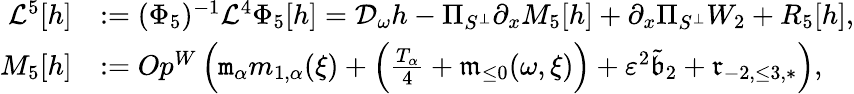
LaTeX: \begin{array}{rl}{\mathcal{L}^{5}[h]}&{:=(\Phi_{5})^{-1}\mathcal{L}^{4}\Phi_{5}[h]=\mathcal{D}_{\omega}h-\Pi_{S^{\perp}}\partial_{x}M_{5}[h]+\partial_{x}\Pi_{S^{\perp}}W_{2}+R_{5}[h],}\\ {M_{5}[h]}&{:=Op^{W}\left(\mathtt{m}_{\alpha}m_{1,\alpha}(\xi)+\left(\frac{T_{\alpha}}4+\mathfrak{m}_{\le 0}(\omega,\xi)\right)+\varepsilon^{2}\tilde{\mathfrak{b}}_{2}+{\mathfrak{r}}_{-2,\le 3,*}\right),}\end{array}